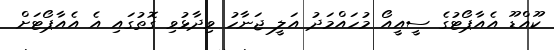
ކޫއްޑޫ އެއާޕޯޓުގެ ސީއީއޯ މުހައްމަދު އަލީ ޖަނާހު ވިދާޅުވި ގޮތުގައި އެ އެއާޕޯޓަށް